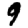
Digit: 9